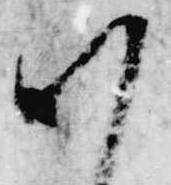
謹